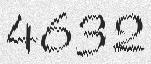
4632